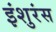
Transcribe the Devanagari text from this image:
इंशुरंस